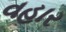
વહાર